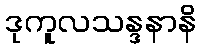
ဒုကူလသန္ဒနာနိ